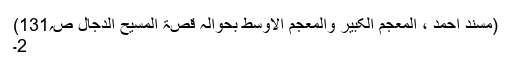
(مسند احمد ، المعجم الکبیر والمعجم الاوسط بحوالہ قصۃ المسیح الدجال ص؍131)
2۔